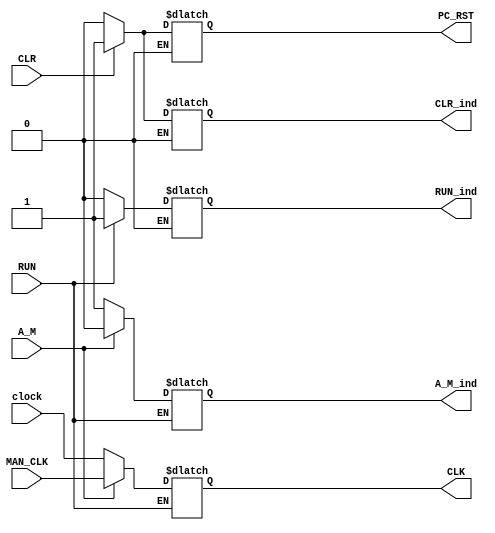
module Front_Panel(RUN, CLR, A_M, MAN_CLK, CLK, clock, RUN_ind, CLR_ind, A_M_ind, PC_RST); 

output reg CLK;
output reg RUN_ind, CLR_ind, A_M_ind, PC_RST; 


input RUN, CLR, A_M, MAN_CLK, clock;



always @*
begin
	if(RUN)
	begin
		RUN_ind <= 1'b1;
		if(A_M==0)
			begin
			CLK <= clock;
			A_M_ind <= 1'b1;
			end
		if(A_M==1)
			begin
			 CLK <= MAN_CLK;
			A_M_ind <= 1'b0;
			end
	end
	
	if(RUN==0)
	begin
	RUN_ind <= 1'b0;
	end
	
	if(CLR==1)
	begin
	CLR_ind <= 1'b1;
	PC_RST <= 1'b1;
	end
	
	if(CLR==0)
	begin
	CLR_ind <= 1'b0;
	PC_RST <= 1'b0;
	end
	
	
end
endmodule